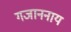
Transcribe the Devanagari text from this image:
गजाननाय